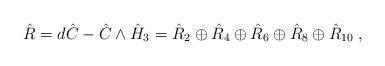
LaTeX: \begin{align*}\hat{R}=d\hat{C} - \hat{C} \wedge \hat{H}_3 = \hat{R}_2 \oplus \hat{R}_4 \oplus \hat{R}_6 \oplus \hat{R}_8 \oplus \hat{R}_{10} \; ,\end{align*}